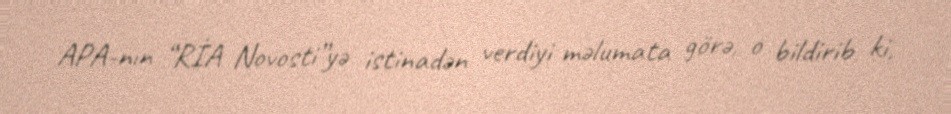
APA-nın “RİA Novosti”yə istinadən verdiyi məlumata görə, o bildirib ki,